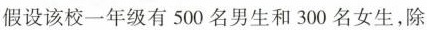
假设该校一年级有500名男生和300名女生，除